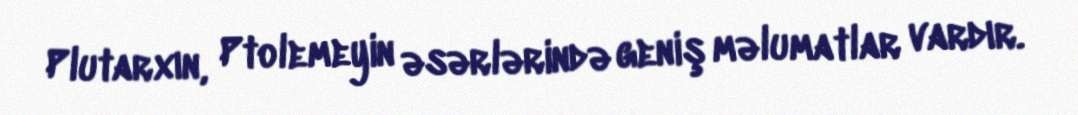
Plutarxın, Ptolemeyin əsərlərində geniş məlumatlar vardır.